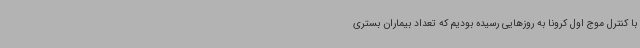
با کنترل موج اول کرونا به روزهایی رسیده بودیم که تعداد بیماران بستری